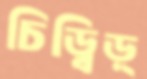
চিড়্‌বিড়্‌